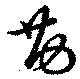
勘